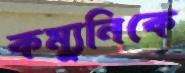
কম্যুনিকে